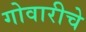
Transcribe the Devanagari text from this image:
गोवारीचे